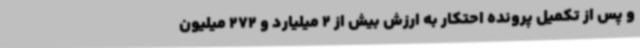
و پس از تکمیل پرونده احتکار به ارزش بیش از 2 میلیارد و 272 میلیون